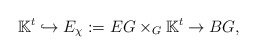
\begin{align*} \mathbb{K}^t \hookrightarrow E_\chi:=EG\times_G \mathbb{K}^t\rightarrow BG, \end{align*}